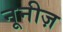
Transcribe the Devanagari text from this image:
नूनीज़